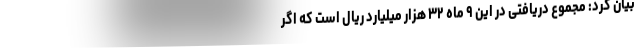
بیان کرد: مجموع دریافتی در این ۹ ماه ۳۲ هزار میلیارد ریال است که اگر